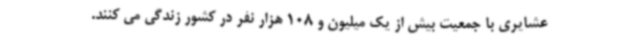
عشایری با جمعیت بیش از یک میلیون و 108 هزار نفر در کشور زندگی می کنند.